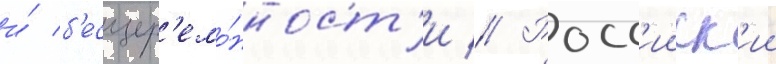
и́ б'есцер'емо́нност'и // Росс'ииск'ии